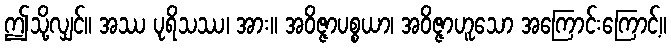
ဤသို့လျှင်။ အဿ ပုရိသဿ၊ အား။ အဝိဇ္ဇာပစ္စယာ၊ အဝိဇ္ဇာဟူသော အကြောင်းကြောင့်။